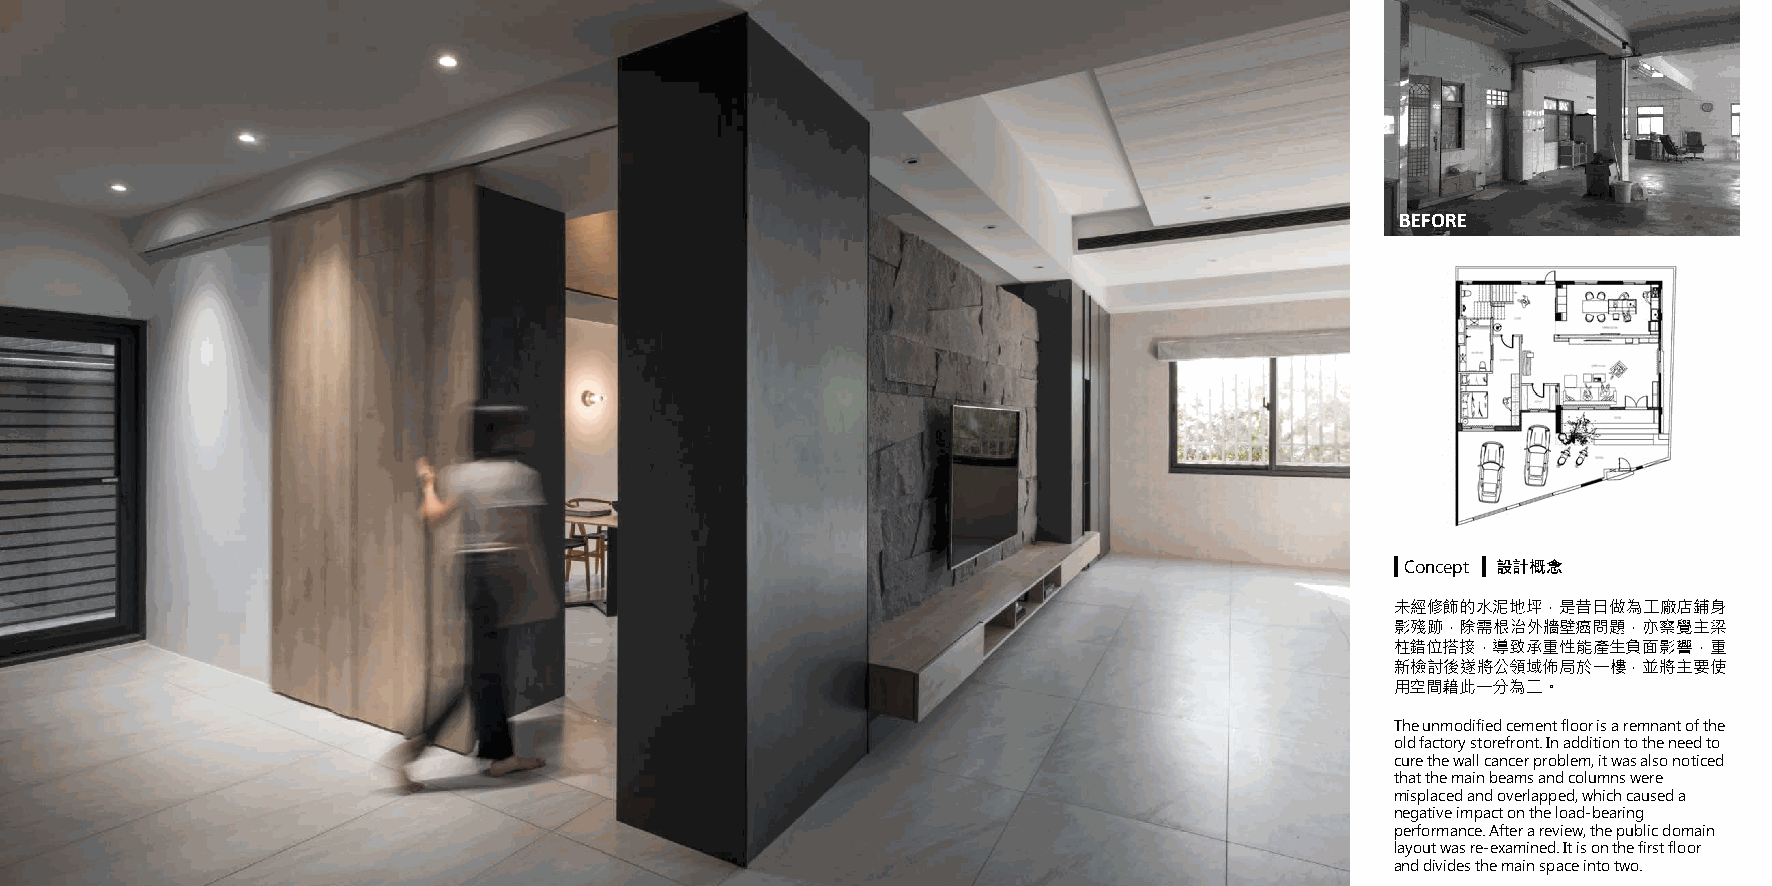
BEFORE
 ▍Concept ▍ 設計概念
 未經修飾的水泥地坪，是昔日做為工廠店鋪身
 影殘跡，除需根治外牆壁癌問題，亦察覺主梁
 柱錯位搭接，導致承重性能產生負面影響，重
 新檢討後遂將公領域佈局於一樓，並將主要使
 用空間藉此一分為二。
 The unmodified cement floor is a remnant of the
 old factory storefront. In addition to the need to
 cure the wall cancer problem, it was also noticed
 that the main beams and columns were
 misplaced and overlapped, which caused a
 negative impact on the load-bearing
 performance. After a review, the public domain
 layout was re-examined. It is on the first floor
 BEFORE                                                                                    and divides the main space into two.